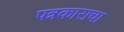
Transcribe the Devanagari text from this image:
पत्रकाराचा